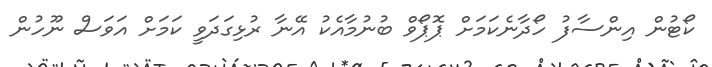
ކޯޓުން އިންސާފު ހޯދާނެކަމަށް ޕޮޕޯވް ބުނުމާއެކު އޭނާ ރުޅިގަދަވީ ކަމަށް އަވަސް ނޫހުން